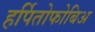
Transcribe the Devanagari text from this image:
हर्पितोफोबिअ